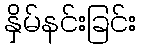
နှိမ်နင်းခြင်း